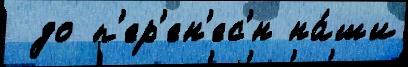
 до п'ер'ен'ес'́н на́ши